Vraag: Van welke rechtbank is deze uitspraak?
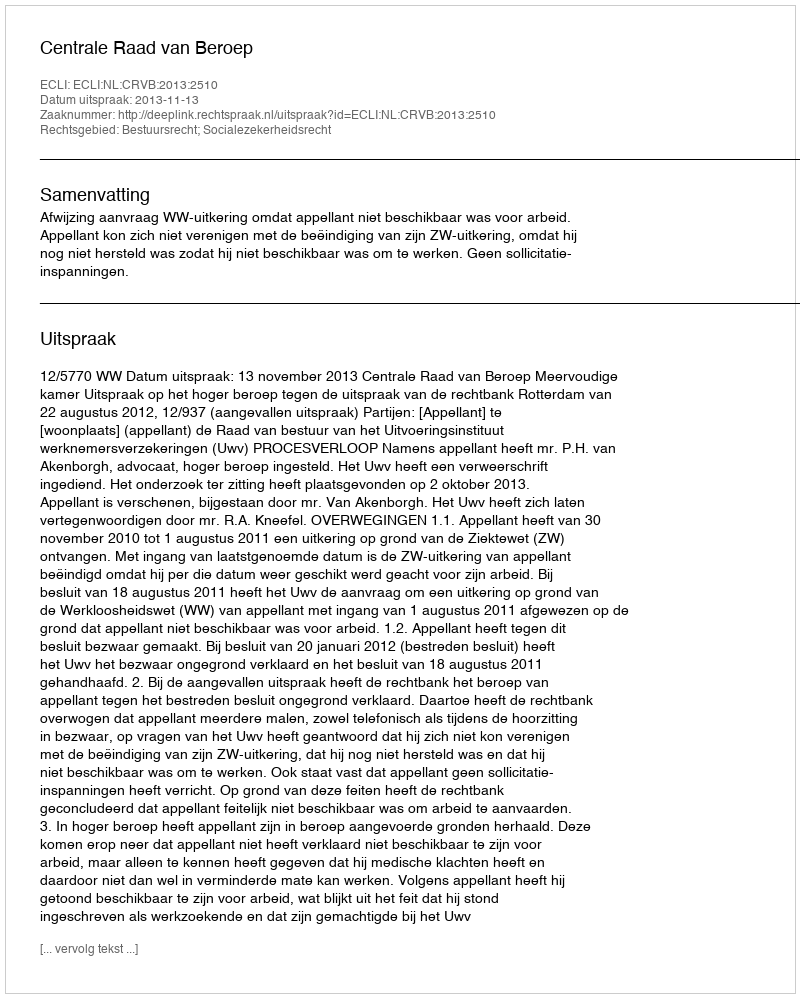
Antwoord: Centrale Raad van Beroep